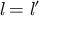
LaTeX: { \mathit { l } } = { \mathit { l } } ^ { \prime }